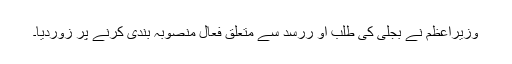
وزیراعظم نے بجلی کی طلب او ررسد سے متعلق فعال منصوبہ بندی کرنے پر زوردیا۔